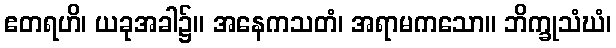
ဧတရဟိ၊ ယခုအခါ၌။ အနေကသတံ၊ အရာမကသော။ ဘိက္ခုသံဃံ၊